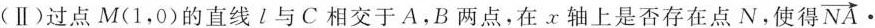
(Ⅱ)过点M(1，0)的直线l与C相交于A，B两点，在x轴上是否存在点N。使得 \overrightarrow{NA}\cdot